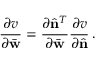
\frac { \partial v } { \partial \bar { \bf w } } = \frac { \partial \hat { \bf n } ^ { T } } { \partial \bar { \bf w } } \frac { \partial v } { \partial \hat { \bf n } } \, .